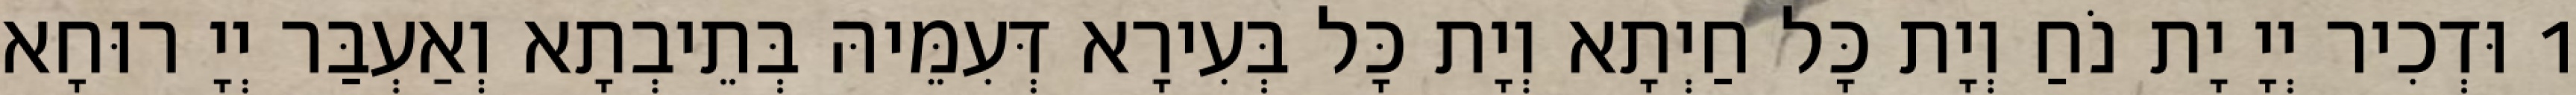
1 וּדְכִיר יְיָ יָת נֹחַ וְיָת כָּל חַיְתָא וְיָת כָּל בְּעִירָא דְּעִמֵּיהּ בְּתֵיבְתָא וְאַעְבַּר יְיָ רוּחָא